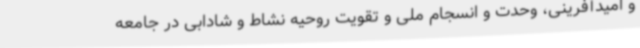
و امیدآفرینی، وحدت و انسجام ملی و تقویت روحیه نشاط و شادابی در جامعه